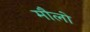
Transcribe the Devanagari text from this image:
मौलो